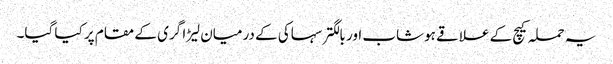
یہ حملہ کیچ کے علاقے ہوشاب اور بالگتر سہاکی کے درمیان لیڑا گری کے مقام پر کیا گیا۔